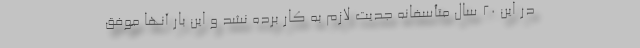
در این ۲۰ سال متأسفانه جدیت لازم به کار برده نشد و این بار آنها موفق